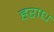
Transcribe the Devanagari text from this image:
हराध